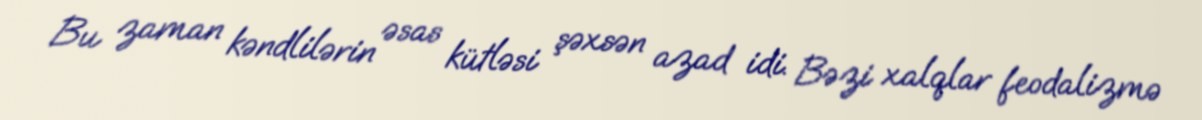
Bu zaman kəndlilərin əsas kütləsi şəxsən azad idi. Bəzi xalqlar feodalizmə